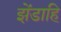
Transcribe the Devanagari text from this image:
झेंडाहि